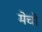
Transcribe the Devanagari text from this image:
मेचों